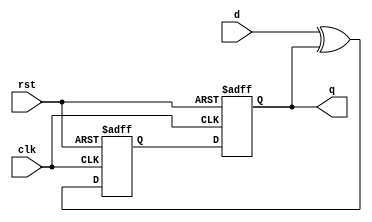
module async_TFF (
    input wire clk,
    input wire rst,
    input wire d,
    output reg q
);

reg q1, q2;

assign q = q2;

always @(posedge clk or posedge rst) begin
    if (rst) begin
        q1 <= 1'b0;
        q2 <= 1'b0;
    end else begin
        q1 <= d ^ q2;
        q2 <= q1;
    end
end

endmodule